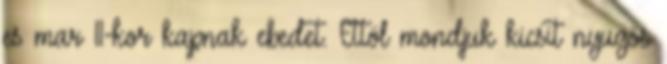
es mar 11-kor kapnak ebedet. Ettöl mondjuk kicsit nyugös